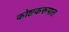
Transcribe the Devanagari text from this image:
कोष्टकरूपात